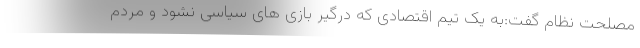
مصلحت نظام گفت:به یک تیم اقتصادی که درگیر بازی های سیاسی نشود و مردم